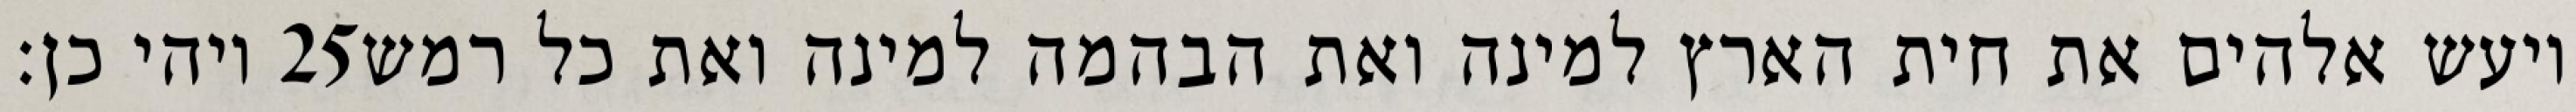
ויהי כן׃ ‎25‏ ויעש אלהים את חית הארץ למינה ואת הבהמה למינה ואת כל רמש